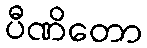
ပီဏိတော